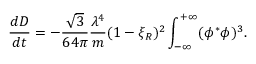
{ \frac { d D } { d t } } = - { \frac { \sqrt { 3 } } { 6 4 \pi } } { \frac { \lambda ^ { 4 } } { m } } ( 1 - \xi _ { R } ) ^ { 2 } \int _ { - \infty } ^ { + \infty } ( \phi ^ { * } \phi ) ^ { 3 } .